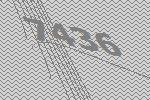
7436